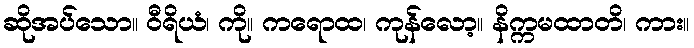
ဆိုအပ်သော။ ဝီရိယံ၊ ကို။ ကရောထ၊ ကုန်လော့။ နိက္ကမထာတိ၊ ကား။